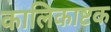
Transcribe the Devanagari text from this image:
कालिकाष्टक